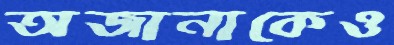
অজানাকেও